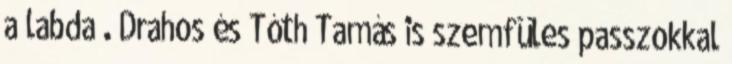
a labda”. Drahos és Tóth Tamás is szemfüles passzokkal